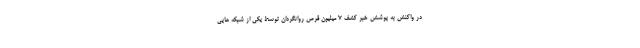
در واکنش به پوشش خبر کشف ۷ میلیون قرص روانگردان توسط یکی از شبکه هایی